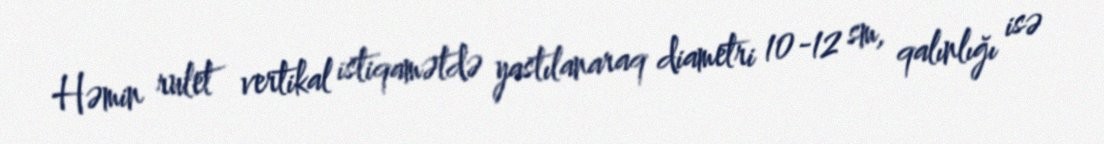
Həmin rulet vertikal istiqamətdə yastılanaraq diametri 10-12 sm, qalınlığı isə